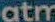
atm